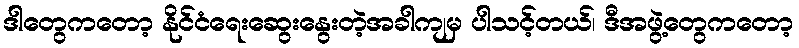
ဒါတွေကတော့ နိုင်ငံရေးဆွေးနွေးတဲ့အခါကျမှ ပါသင့်တယ်၊ ဒီအဖွဲ့တွေကတော့